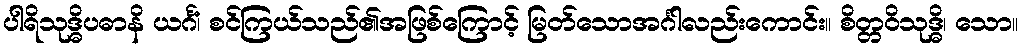
ပါရိသုဒ္ဓိပဓာနိ ယင်္ဂံ၊ စင်ကြယ်သည်၏အဖြစ်ကြောင့် မြတ်သောအင်္ဂါလည်းကောင်း။ စိတ္တဝိသုဒ္ဓိ၊ သော။